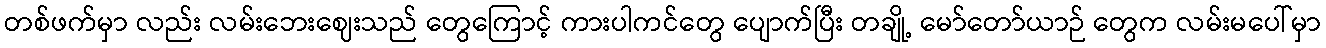
တစ်ဖက်မှာ လည်း လမ်းဘေးဈေးသည် တွေကြောင့် ကားပါကင်တွေ ပျောက်ပြီး တချို့ မော်တော်ယာဉ် တွေက လမ်းမပေါ်မှာ